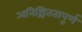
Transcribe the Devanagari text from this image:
अनिश्चिततापूर्ण